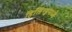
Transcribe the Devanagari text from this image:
हिलिंग्ड्नमध्ये